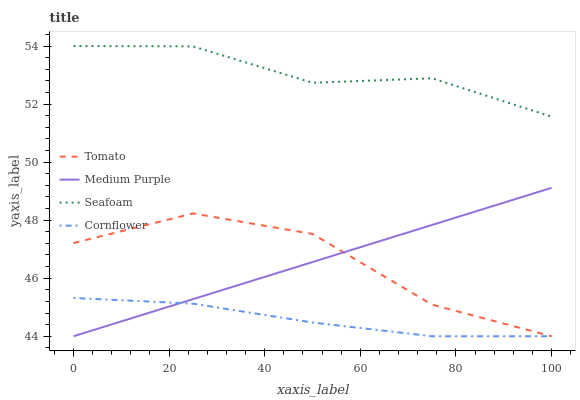
| xaxis_label | Tomato | Medium Purple | Seafoam | Cornflower |
 | --- | --- | --- | --- | --- |
 | 0 | 47.2 | 44 | 54 | 45.3 |
 | 25 | 48.2 | 45.3 | 54 | 45.1 |
 | 50 | 47.5 | 46.6 | 52.7 | 44.5 |
 | 75 | 45.1 | 47.8 | 52.9 | 44 |
 | 100 | 44 | 49.1 | 51.6 | 44 |